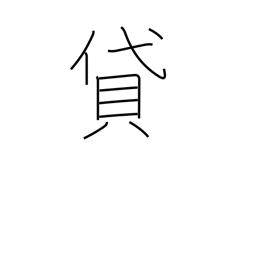
Meaning: lend